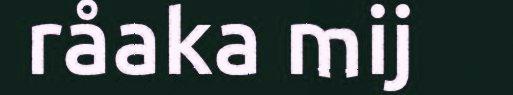
råaka mij